system: You are a helpful assistant.
user:
Analyze the provided spectrum to determine if it is a **"Cataclysmic Variables (CV)"**.

- **Key Indicators for CV (Check for either state):**
    - **State 1: Quiescent / Low-State (Emission-Dominated)**
        - **(Primary):** Strong and *very broad* Hydrogen Balmer emission lines (e.g., $H\alpha$ at 6563 Å, $H\beta$ at 4861 Å). The 'broadness' (high velocity dispersion, often FWHM > 1000 km/s) is the key diagnostic, indicating a high-velocity accretion disk.
        - **(Secondary):** Broad neutral Helium (He I) emission lines (e.g., 5876 Å, 6678 Å).
        - **(Key Confirmation):** Presence of high-excitation *ionized* Helium (He II) emission at 4686 Å. This is a strong indicator of accretion onto a white dwarf.
        - **(Line Profile):** Emission lines may exhibit a 'double-peaked' profile, which is a classic signature of a rotating accretion disk viewed at high inclination.

    - **State 2: Outburst / High-State (Absorption-Dominated)**
        - **(Primary):** Spectrum is dominated by a bright, blue continuum (looks like a hot star).
        - **(Secondary):** The emission lines from State 1 are weak, absent, or 'filled in', and are replaced by broad, shallow *absorption* lines (primarily Balmer and He I).
        - **(Morphology):** The overall spectrum mimics a hot B/A-type star. The crucial difference is that the absorption lines are significantly broader, shallower, and more 'washed-out' (or 'smeared') than the sharp lines of a normal stellar photosphere, due to high rotational speeds and pressure broadening in the disk.

Think first, call **spectral_visualization_tool** if needed to examine features in detail, then provide your final answer. Your response must adhere to the following strict rules:
1.  **Overall Structure:** Your response must follow the format `<think>...</think> <tool_call>...</tool_call> (if a tool is used) <answer>...</answer>`.
2.  **Tool Usage Constraint:** You may only make **one** tool call per turn.
3.  **Final Answer Format:** In the `<answer>` tag, your conclusion must be inside a `\boxed{}` command (e.g., `\boxed{YES}`), followed by your justification.

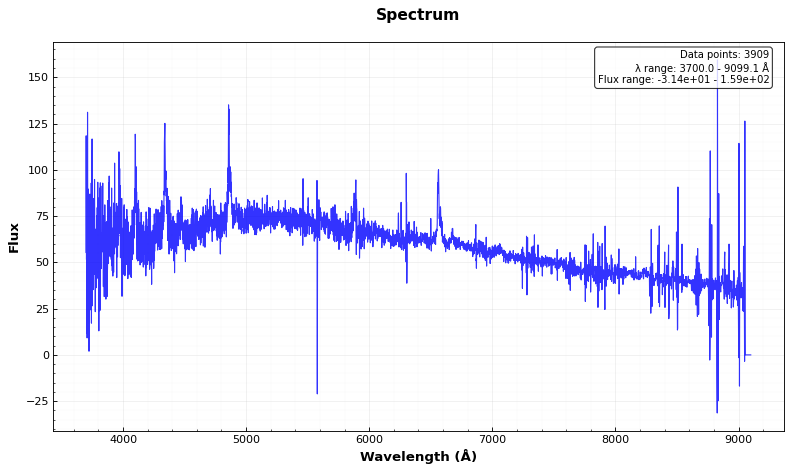
Answer: YES